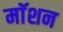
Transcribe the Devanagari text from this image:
माॅशन